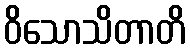
ဝိသောသိတာတိ